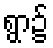
ရွာ၌